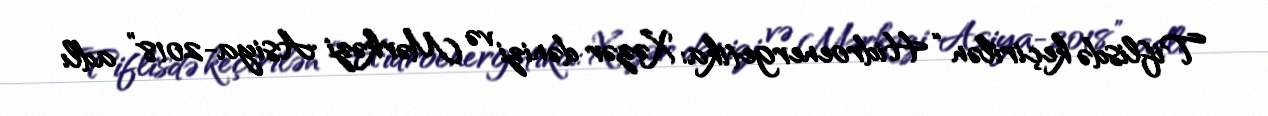
Tiflisdə keçirilən “Hidroenergetika: Xəzər dənizi və Mərkəzi Asiya-2018” adlı